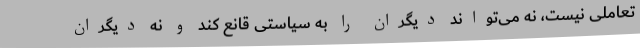
تعاملی نیست، نه می‌تواند دیگران را به سیاستی قانع کند و نه دیگران